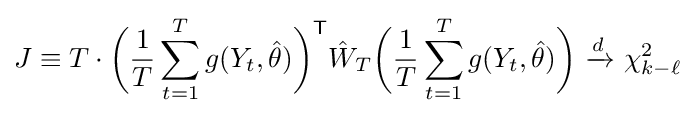
J\equiv T\cdot {\bigg (}{\frac {1}{T}}\sum _{t=1}^{T}g(Y_{t},{\hat {\theta }}){\bigg )}^{\mathsf {T}}{\hat {W}}_{T}{\bigg (}{\frac {1}{T}}\sum _{t=1}^{T}g(Y_{t},{\hat {\theta }}){\bigg )}\ {\xrightarrow {d}}\ \chi _{k-\ell }^{2}